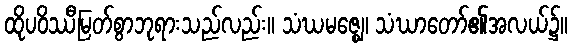
ထိုပဝိဿီမြတ်စွာဘုရားသည်လည်း။ သံဃမဇ္ဈေ၊ သံဃာတော်၏အလယ်၌။